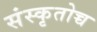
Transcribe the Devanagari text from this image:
संस्कृतोच्च